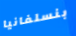
بنسلفانيا